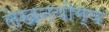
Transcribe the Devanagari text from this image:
लेखनयोग्य